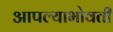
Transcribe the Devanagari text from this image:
आपल्याभोवती